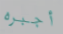
أجبره